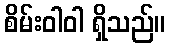
စိမ်းဝါဝါ ရှိသည်။